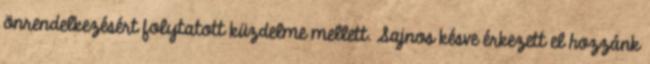
önrendelkezésért folytatott küzdelme mellett. Sajnos késve érkezett el hozzánk